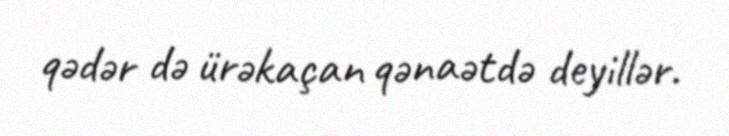
qədər də ürəkaçan qənaətdə deyillər.